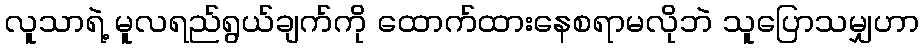
လူသာရဲ့ မူလရည်ရွယ်ချက်ကို ထောက်ထားနေစရာမလိုဘဲ သူပြောသမျှဟာ